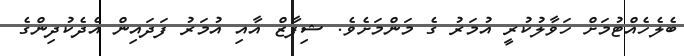
ބެލެހެއްޓުމަށް ހަވާލުކުރީ އުމަރު ގެ މަންމަށެވެ. ޝިފާޒް އާއި އުމަރު ފަދައިން އެދެކުދިންގެ